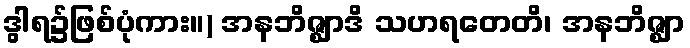
ဒွါရ၌ဖြစ်ပုံကား။) အနဘိဇ္ဈာဒိ သဟရတေတိ၊ အနဘိဇ္ဈာ